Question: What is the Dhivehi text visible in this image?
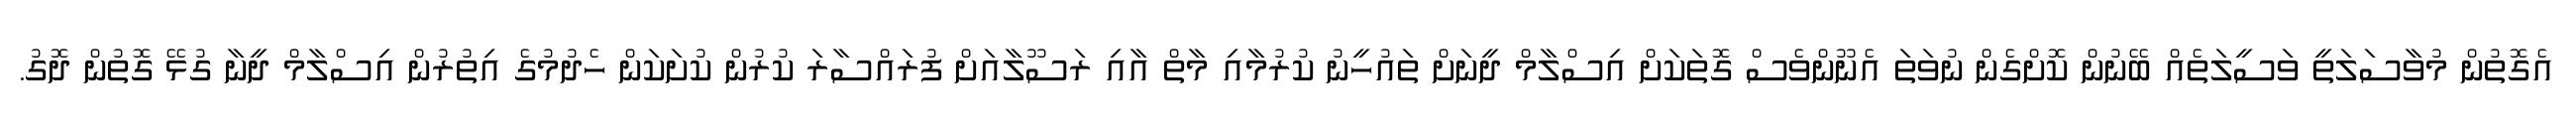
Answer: އެގޮތުން މުވާސަލަތީ ވަސީލަތެއް ބޭނުން ކޮށްގެން ނުވަތަ އެނޫންވެސް ގޮތަކަށް އިސްލާމް ދީނަށް ތައުހީނު ކުރުމާއި މާތް އާއި ރަސޫލާއަށް ފުރައްސާރަ ކުރުން ކުށަކަން ހެދުމުގެ އިތުރުން އިސްލާމް ދީނާ ގުޅޭ ގޮތުން ދޮގު.